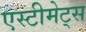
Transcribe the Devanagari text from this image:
एस्टीमेट्स